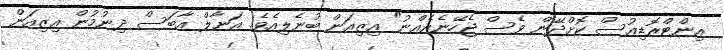
އިންޓްރޮޑިއުސް ކޮށްދޭން ވެސް ޖެހޭނެއެއްނު" އިޒިއަން ބުނެލިއެވެ. އަނާލް އާބަސް ދިނުމުން އިޒިއަން